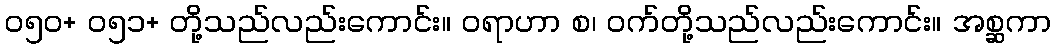
၀၅၀+ ၀၅၁+ တို့သည်လည်းကောင်း။ ဝရာဟာ စ၊ ဝက်တို့သည်လည်းကောင်း။ အစ္ဆကာ